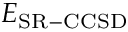
E _ { \mathrm { S R - C C S D } }